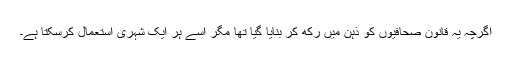
اگرچہ یہ قانون صحافیوں کو ذہن میں رکھ کر بنایا گیا تھا مگر اسے ہر ایک شہری استعمال کرسکتا ہے۔